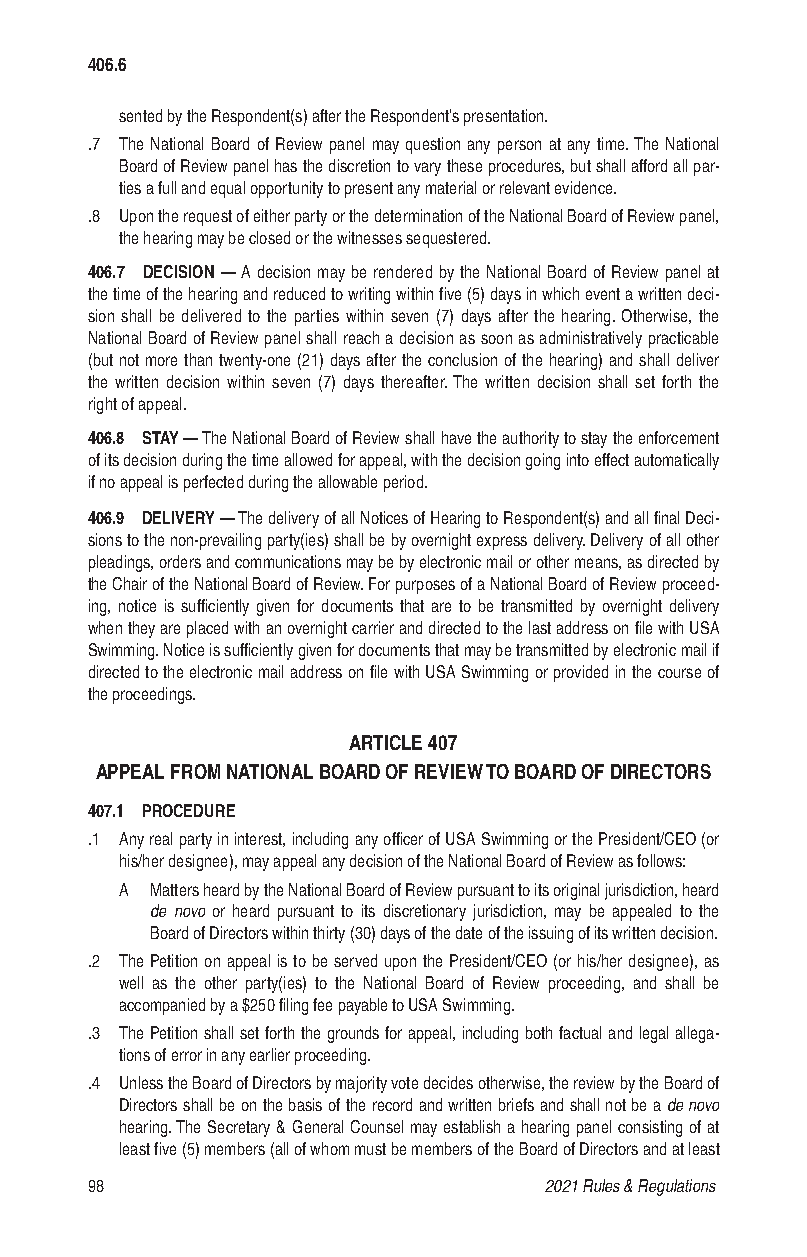
406.6
 sented by the Respondent(s) after the Respondent’s presentation.
 .7 The National Board of Review panel may question any person at any time. The National
 Board of Review panel has the discretion to vary these procedures, but shall afford all par-
 ties a full and equal opportunity to present any material or relevant evidence.
 .8 Upon the request of either party or the determination of the National Board of Review panel,
 the hearing may be closed or the witnesses sequestered.
 406.7 DECISION — A decision may be rendered by the National Board of Review panel at
 the time of the hearing and reduced to writing within five (5) days in which event a written deci-
 sion shall be delivered to the parties within seven (7) days after the hearing. Otherwise, the
 National Board of Review panel shall reach a decision as soon as administratively practicable
 (but not more than twenty-one (21) days after the conclusion of the hearing) and shall deliver
 the written decision within seven (7) days thereafter. The written decision shall set forth the
 right of appeal.
 406.8 STAY — The National Board of Review shall have the authority to stay the enforcement
 of its decision during the time allowed for appeal, with the decision going into effect automatically
 if no appeal is perfected during the allowable period.
 406.9 DELIVERY — The delivery of all Notices of Hearing to Respondent(s) and all final Deci-
 sions to the non-prevailing party(ies) shall be by overnight express delivery. Delivery of all other
 pleadings, orders and communications may be by electronic mail or other means, as directed by
 the Chair of the National Board of Review. For purposes of a National Board of Review proceed-
 ing, notice is sufficiently given for documents that are to be transmitted by overnight delivery
 when they are placed with an overnight carrier and directed to the last address on file with USA
 Swimming. Notice is sufficiently given for documents that may be transmitted by electronic mail if
 directed to the electronic mail address on file with USA Swimming or provided in the course of
 the proceedings.
 ARTICLE 407
 APPEAL FROM NATIONAL BOARD OF REVIEW TO BOARD OF DIRECTORS
 407.1 PROCEDURE
 .1 Any real party in interest, including any officer of USA Swimming or the President/CEO (or
 his/her designee), may appeal any decision of the National Board of Review as follows:
 A Matters heard by the National Board of Review pursuant to its original jurisdiction, heard
 de novo or heard pursuant to its discretionary jurisdiction, may be appealed to the
 Board of Directors within thirty (30) days of the date of the issuing of its written decision.
 .2 The Petition on appeal is to be served upon the President/CEO (or his/her designee), as
 well as the other party(ies) to the National Board of Review proceeding, and shall be
 accompanied by a $250 filing fee payable to USA Swimming.
 .3 The Petition shall set forth the grounds for appeal, including both factual and legal allega-
 tions of error in any earlier proceeding.
 .4 Unless the Board of Directors by majority vote decides otherwise, the review by the Board of
 Directors shall be on the basis of the record and written briefs and shall not be a de novo
 hearing. The Secretary & General Counsel may establish a hearing panel consisting of at
 least five (5) members (all of whom must be members of the Board of Directors and at least
 98                            2021 Rules & Regulations